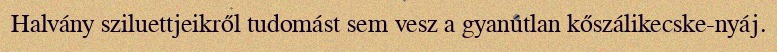
Halvány sziluettjeikről tudomást sem vesz a gyanútlan kőszálikecske-nyáj.